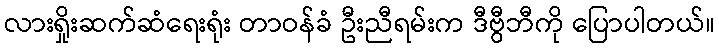
လားရှိုးဆက်ဆံရေးရုံး တာဝန်ခံ ဦးညီရမ်းက ဒီဗွီဘီကို ပြောပါတယ်။